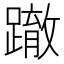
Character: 𨅊